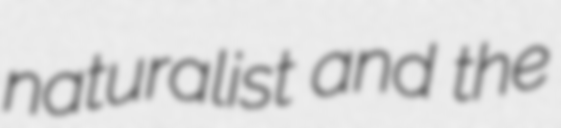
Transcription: naturalist and the